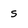
Character: s